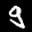
Label: 9